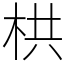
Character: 栱